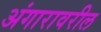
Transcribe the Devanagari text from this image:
अंगारावरील